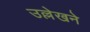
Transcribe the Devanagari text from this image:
उल्लेखने